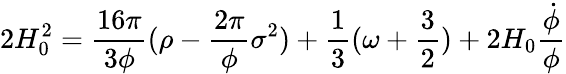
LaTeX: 2H_{0}^{2}=\frac{16{\pi}}{3{\phi}}({\rho}-\frac{2{\pi}}{\phi}{\sigma}^{2})+\frac{1}{3}({\omega}+\frac{3}{2})+2H_{0}\frac{\dot{\phi}}{\phi}